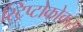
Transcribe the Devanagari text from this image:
स्ट्रिप्टोकोकस